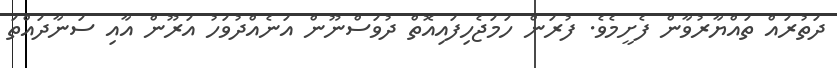
ދަތުރައް ތައްޔާރުވާން ފެށީމެވެ. ފުރަން ހަމަޖެހިފައިއޮތް ދުވަސްނޫން އަނެއްދުވަހު އަރޫން އާއި ސަނާދައްތަ